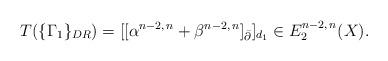
LaTeX: \begin{align*}T(\{\Gamma_1\}_{DR}) = [[\alpha^{n-2,\,n} + \beta^{n-2,\,n}]_{\bar\partial}]_{d_1}\in E_2^{n-2,\,n}(X).\end{align*}